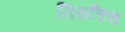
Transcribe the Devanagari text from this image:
तिरुच्चि